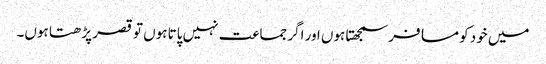
میں خود کو مسافر سمجھتا ہوں اور اگر جماعت نہیں پاتا ہوں تو قصر پڑھتا ہوں۔